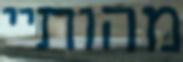
מהותיי